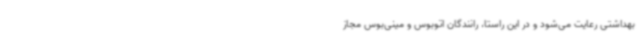
بهداشتی رعایت می‌شود و در این راستا، رانندگان اتوبوس و مینی‌بوس مجاز